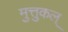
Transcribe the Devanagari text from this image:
मुत्तुकल्